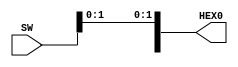
module sevens(SW, HEX0);
input [6:0] SW;
output [6:0] HEX0;

assign HEX0[0] = SW[0];
assign HEX0[1] = SW[1];
assign HEx0[2] = SW[2];
assign HEX0[3] = SW[3];
assign HEX0[4] = SW[4];
assign HEX0[5] = SW[5];
assign HEX0[6] = SW[6];
endmodule